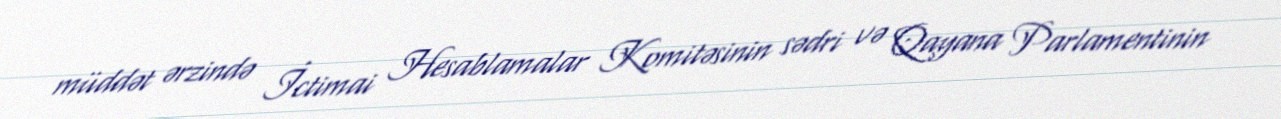
müddət ərzində İctimai Hesablamalar Komitəsinin sədri və Qayana Parlamentinin